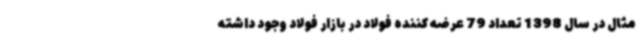
مثال در سال 1398 تعداد 79 عرضه کننده فولاد در بازار فولاد وجود داشته